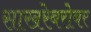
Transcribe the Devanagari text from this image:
साखरेबरोबर